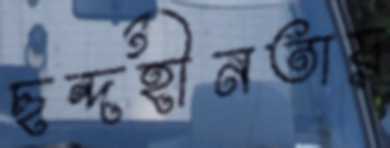
ছন্দহীনতায়